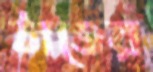
ঠাঙের